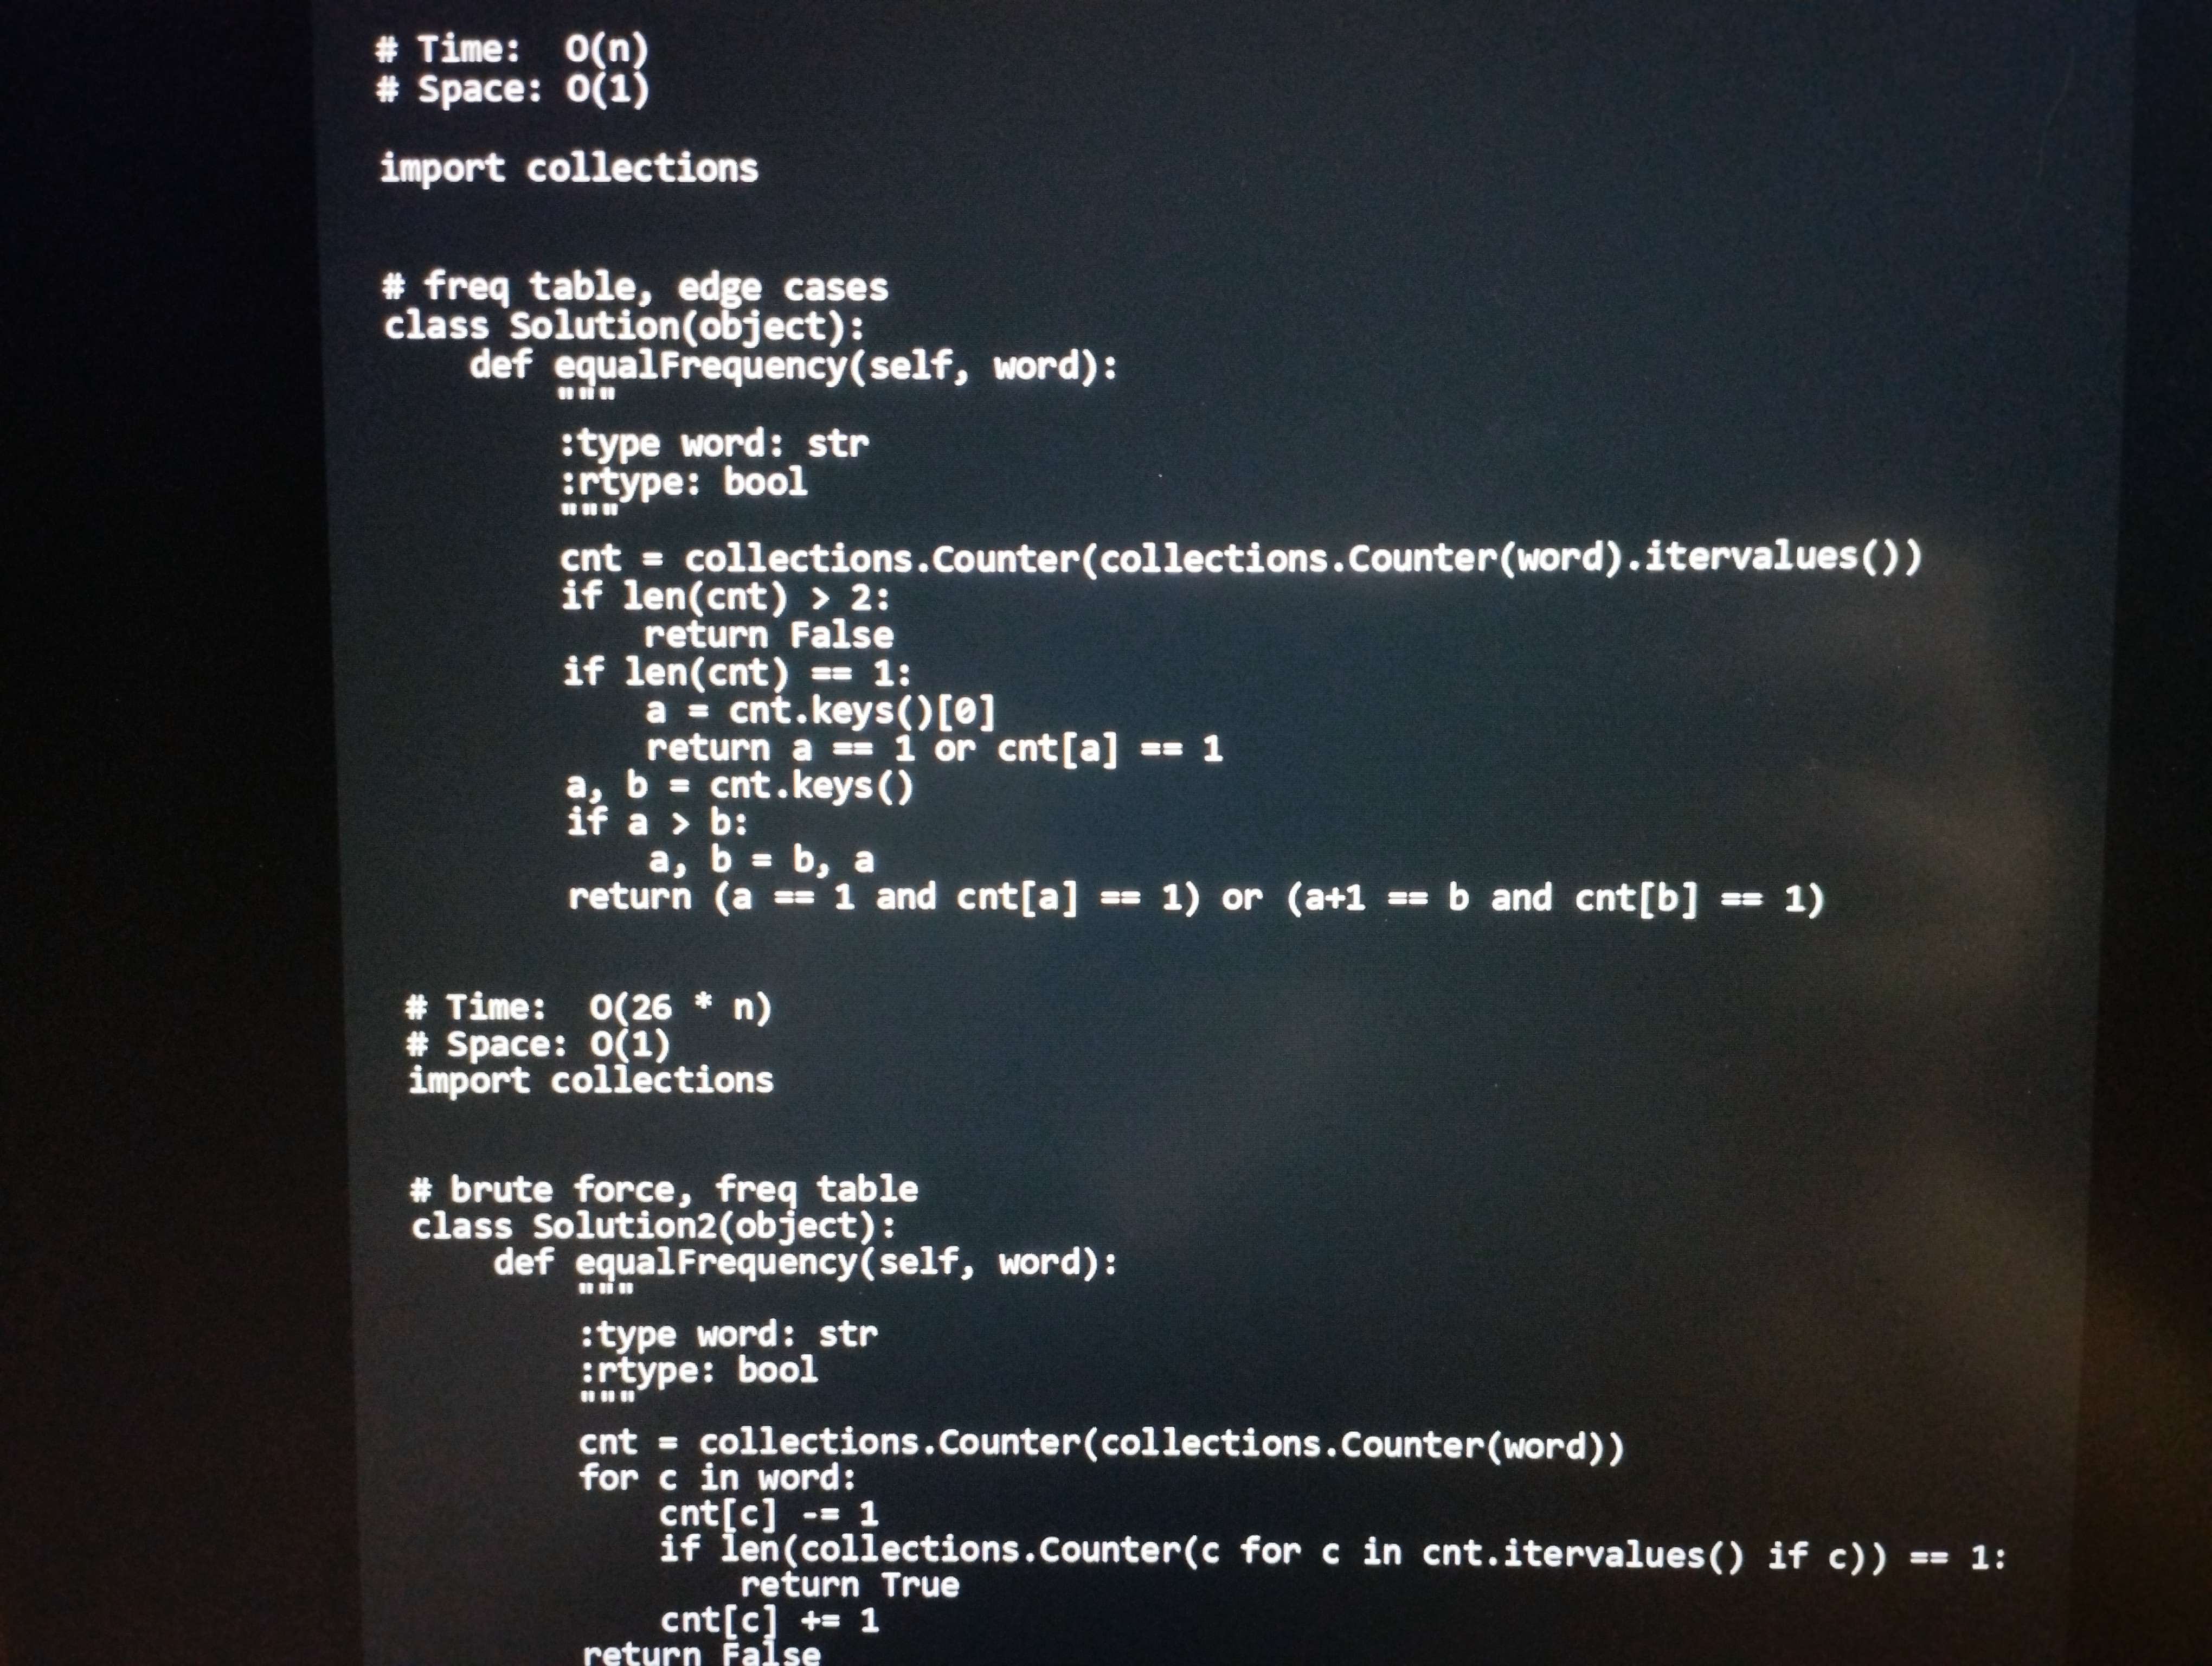
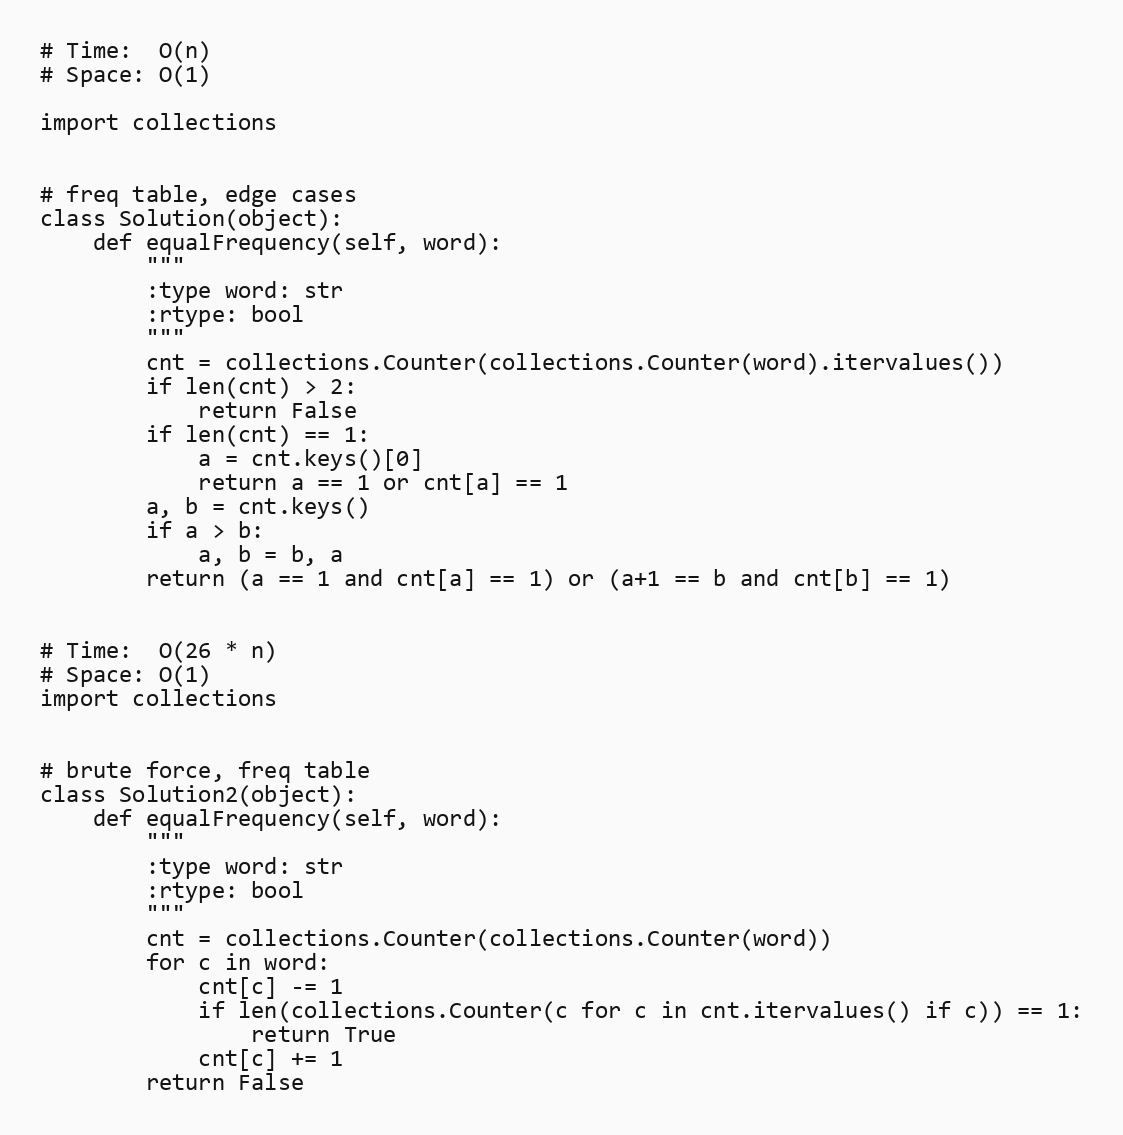
# Time:  O(n)
# Space: O(1)

import collections

# freq table, edge cases
class Solution(object):
    def equalFrequency(self, word):
        """
        :type word: str
        :rtype: bool
        """
        cnt = collections.Counter(collections.Counter(word).itervalues())
        if len(cnt) > 2:
            return False
        if len(cnt) == 1:
            a = cnt.keys()[0]
            return a == 1 or cnt[a] == 1
        a, b = cnt.keys()
        if a > b:
            a, b = b, a
        return (a == 1 and cnt[a] == 1) or (a+1 == b and cnt[b] == 1)

# Time:  O(26 * n)
# Space: O(1)
import collections

# brute force, freq table
class Solution2(object):
    def equalFrequency(self, word):
        """
        :type word: str
        :rtype: bool
        """
        cnt = collections.Counter(collections.Counter(word))
        for c in word:
            cnt[c] -= 1
            if len(collections.Counter(c for c in cnt.itervalues() if c)) == 1:
                return True
            cnt[c] += 1
        return False